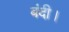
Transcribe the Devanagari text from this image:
बंदी।